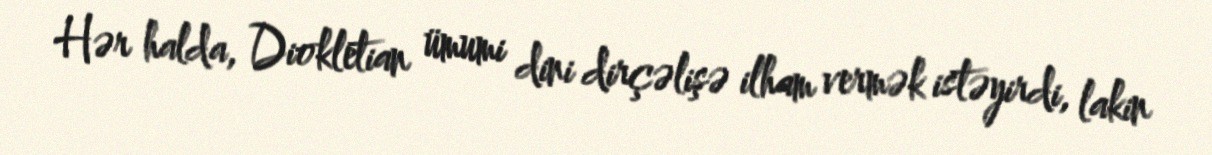
Hər halda, Diokletian ümumi dini dirçəlişə ilham vermək istəyirdi, lakin